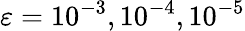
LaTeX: \varepsilon=10^{-3},10^{-4},10^{-5}